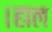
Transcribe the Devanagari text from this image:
।हाल